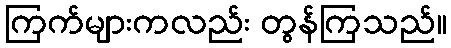
ကြက်များကလည်း တွန်ကြသည်။